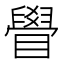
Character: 䁷